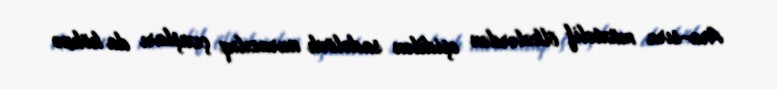
Ara-sıra müxtəlif ölkələrdən eşidilən sadəlövh narazılıq çıxışları da köhnə